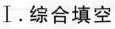
Ⅰ. 综合填空